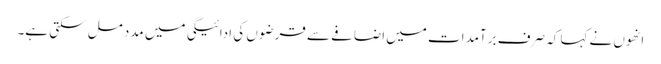
انھوں نے کہا کہ صرف برآمدات میں اضافے سے قرضوں کی ادائیگی میں مدد مل سکتی ہے۔